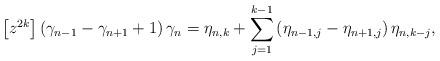
LaTeX: \begin{align*}\left[ z^{2k}\right] \left( \gamma_{n-1}-\gamma_{n+1}+1\right) \gamma_{n}=\eta_{n,k}+{\displaystyle\sum\limits_{j=1}^{k-1}}\left( \eta_{n-1,j}-\eta_{n+1,j}\right) \eta_{n,k-j}, \end{align*}